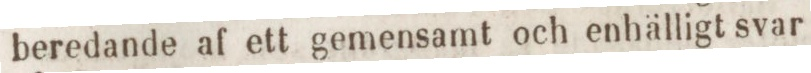
beredande af ett gemensamt och enhälligt svar